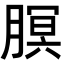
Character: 𬂊